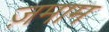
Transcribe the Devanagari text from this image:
ज़माम